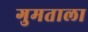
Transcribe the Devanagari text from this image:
गुमताला